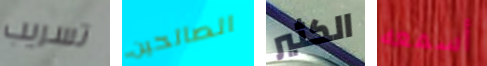
تسريب الصالحين الكثير أسمعه